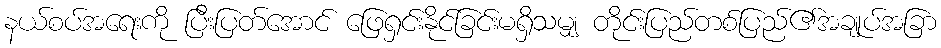
နယ်စပ်အရေးကို ပြီးပြတ်အောင် ဖြေရှင်းနိုင်ခြင်းမရှိသမျှ တိုင်းပြည်တစ်ပြည်၏အချုပ်အခြာ